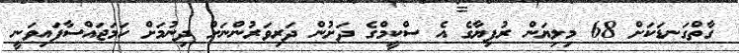
ގާތްގަނޑަކަށް 68 މިލިޔަން ރުފިޔާގެ އެ ސްކީމްގެ ދަށުން ދަރިވަރުންނަށް ދިނުމަށް ހަމަޖައްސާފައިވަނީ